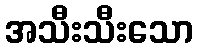
အသီးသီးသော